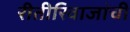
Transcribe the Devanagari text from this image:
रीतीरिवाजांची